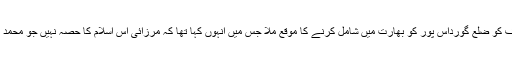
لاکھوں مرزائيوں کی طرف سے تاجِ برطانيہ کو دی گئی اُس تحريری درخواست کے نتيجہ ميں ريڈ کلف کو ضلع گورداس پور کو بھارت ميں شامل کرنے کا موقع ملا جس ميں اُنہوں کہا تھا کہ مرزائی اُس اسلام کا حصہ نہيں جو محمد علی جناح کا ہے اسلئے اُنہيں قادياں جو گورداس پور ميں شامل تھا عليحدہ وطن کے طور پر ديا جائے ۔